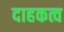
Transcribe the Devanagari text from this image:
दाहकत्व